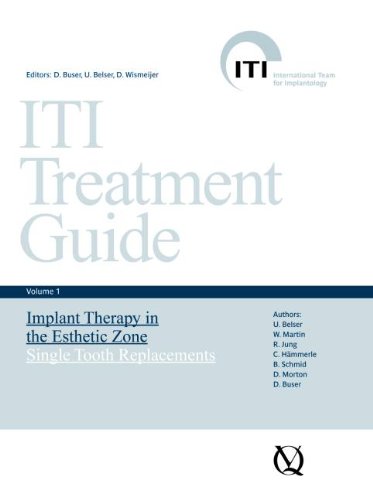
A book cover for ITI Treatment Guide, Volume 1: Implant Therapy in the Esthetic Zone for Single-tooth Replacements; U. Belser; Medical Books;